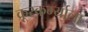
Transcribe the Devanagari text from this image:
क्रूरकर्म्याला